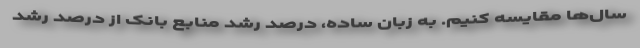
سال‌ها مقایسه کنیم. به زبان ساده، درصد رشد منابع بانک از درصد رشد